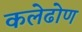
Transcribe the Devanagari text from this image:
कलेढोण